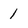
Character: 1